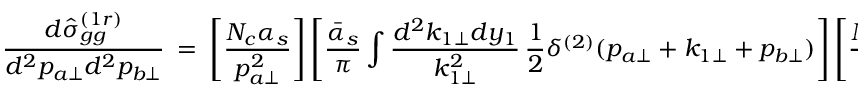
{ \frac { d { \hat { \sigma } } _ { g g } ^ { ( 1 r ) } } { d ^ { 2 } p _ { a \perp } d ^ { 2 } p _ { b \perp } } } \ = \ \left[ { \frac { N _ { c } \alpha _ { s } } { p _ { a \perp } ^ { 2 } } } \right] \left[ { \frac { \bar { \alpha } _ { s } } { \pi } } \int { \frac { d ^ { 2 } k _ { 1 \perp } d y _ { 1 } } { k _ { 1 \perp } ^ { 2 } } } \, { \frac { 1 } { 2 } } \delta ^ { ( 2 ) } ( p _ { a \perp } + k _ { 1 \perp } + p _ { b \perp } ) \right] \left[ { \frac { N _ { c } \alpha _ { s } } { p _ { b \perp } ^ { 2 } } } \right] \ .